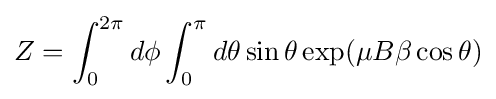
Z=\int _{0}^{2\pi }d\phi \int _{0}^{\pi }d\theta \sin \theta \exp(\mu B\beta \cos \theta )